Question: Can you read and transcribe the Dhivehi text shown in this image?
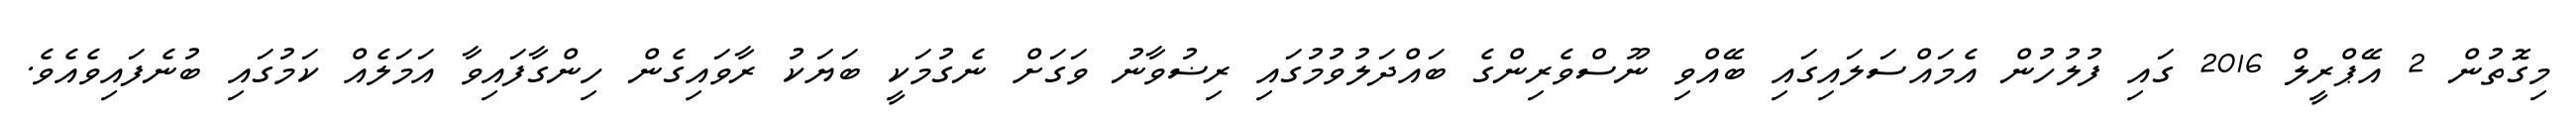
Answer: މިގޮތުން 2 އޭޕްރީލް 2016 ގައި ފުލުހުން އެމައްސަލައިގައި ބޭއްވި ނޫސްވެރިންގެ ބައްދަލުވުމުގައި ރިޟުވާނު ވަގަށް ނެގުމަކީ ބަޔަކު ރާވައިގެން ހިންގާފައިވާ އަމަލެއް ކަމުގައި ބުނެފައިވެއެވެ.